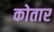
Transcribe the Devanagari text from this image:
कोतार